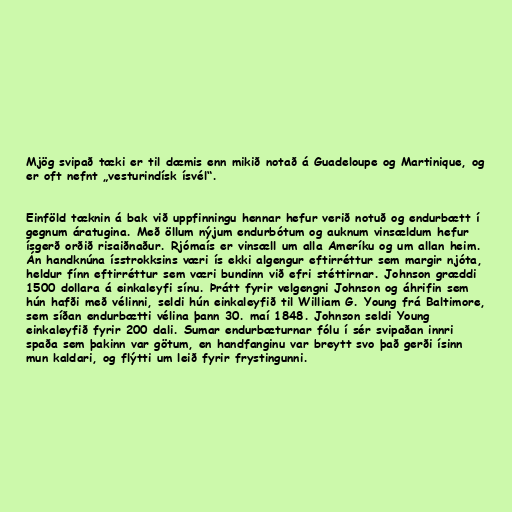
Mjög svipað tæki er til dæmis enn mikið notað á Guadeloupe og Martinique, og
er oft nefnt „vesturindísk ísvél“.

Einföld tæknin á bak við uppfinningu hennar hefur verið notuð og endurbætt í
gegnum áratugina. Með öllum nýjum endurbótum og auknum vinsældum hefur
ísgerð orðið risaiðnaður. Rjómaís er vinsæll um alla Ameríku og um allan heim.
Án handknúna ísstrokksins væri ís ekki algengur eftirréttur sem margir njóta,
heldur fínn eftirréttur sem væri bundinn við efri stéttirnar. Johnson græddi
1500 dollara á einkaleyfi sínu. Þrátt fyrir velgengni Johnson og áhrifin sem
hún hafði með vélinni, seldi hún einkaleyfið til William G. Young frá Baltimore,
sem síðan endurbætti vélina þann 30. maí 1848. Johnson seldi Young
einkaleyfið fyrir 200 dali. Sumar endurbæturnar fólu í sér svipaðan innri
spaða sem þakinn var götum, en handfanginu var breytt svo það gerði ísinn
mun kaldari, og flýtti um leið fyrir frystingunni.